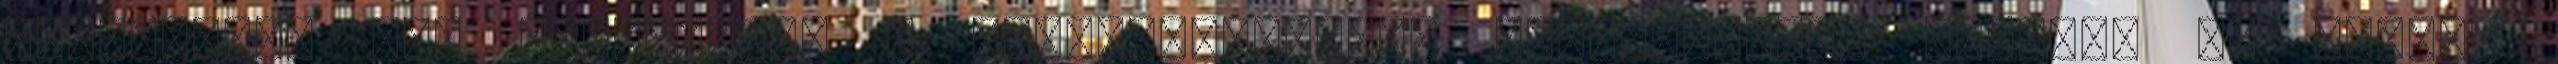
évszázadok óta használják a fitoterápiában. Hippokratész köhögés és légúti